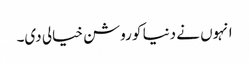
انہوں نے دنیا کو روشن خیالی دی۔